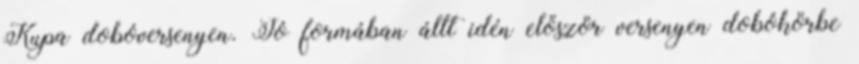
Kupa dobóversenyen. Jó formában állt idén először versenyen dobókörbe